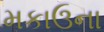
મકાઉના